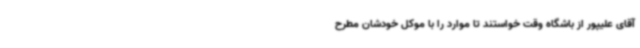
آقای علیپور از باشگاه وقت خواستند تا موارد را با موکل خودشان مطرح